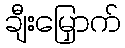
ချီးမြှောက်